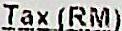
TAX (RM)